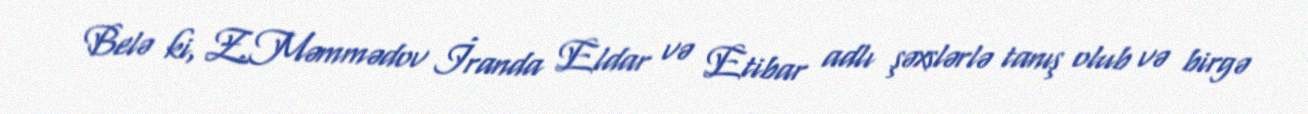
Belə ki, Z.Məmmədov İranda Eldar və Etibar adlı şəxslərlə tanış olub və birgə